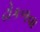
ઢોકળવા